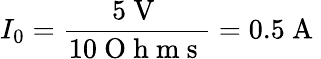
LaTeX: I_{0}=\frac{5\mathrm{~V~}}{10\mathrm{~O~h~m~s~}}=0.5\mathrm{~A~}